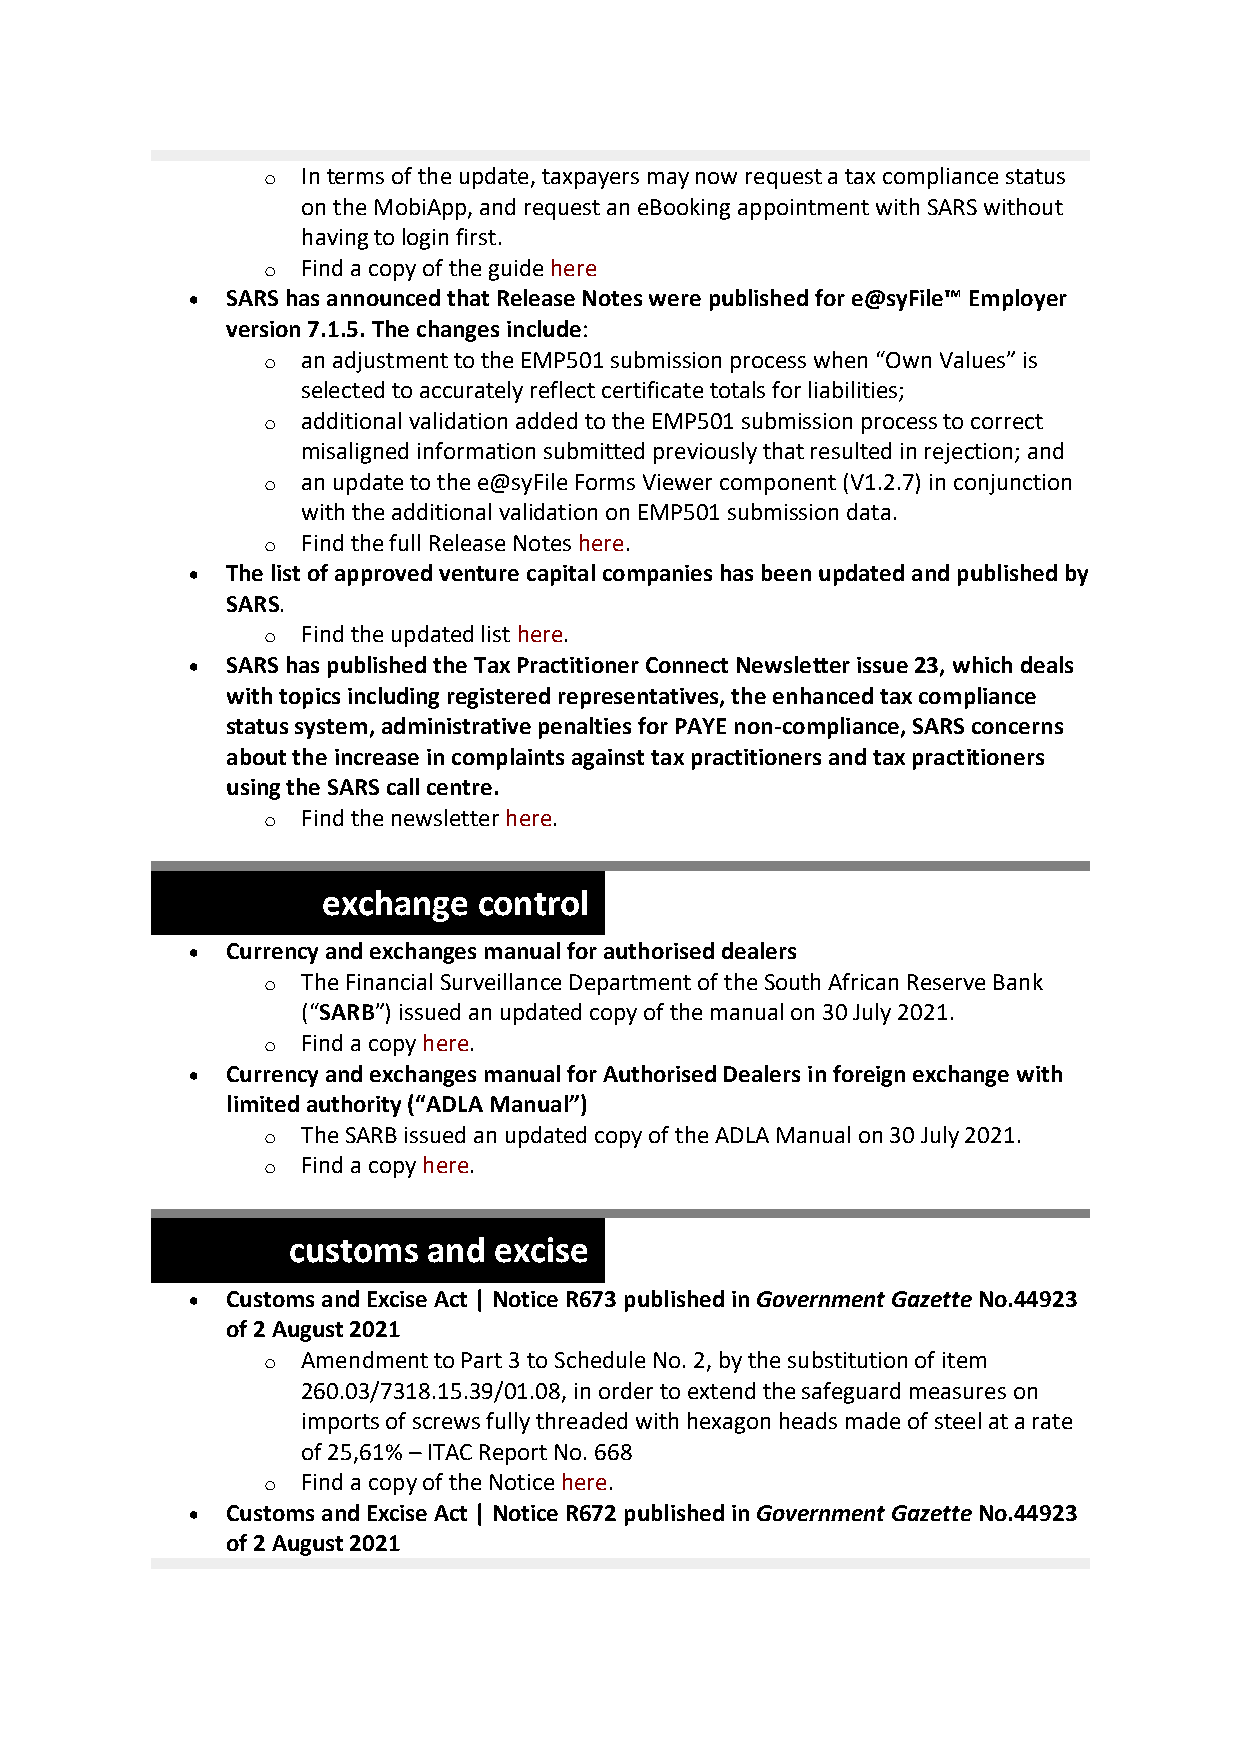
o  In terms of the update, taxpayers may now request a tax compliance status
 on the MobiApp, and request an eBooking appointment with SARS without
 having to login first.
 o  Find a copy of the guide here
   SARS has announced that Release Notes were published for e@syFile™ Employer
 version 7.1.5. The changes include:
 o  an adjustment to the EMP501 submission process when “Own Values” is
 selected to accurately reflect certificate totals for liabilities;
 o  additional validation added to the EMP501 submission process to correct
 misaligned information submitted previously that resulted in rejection; and
 o  an update to the e@syFile Forms Viewer component (V1.2.7) in conjunction
 with the additional validation on EMP501 submission data.
 o  Find the full Release Notes here.
   The list of approved venture capital companies has been updated and published by
 SARS.
 o  Find the updated list here.
   SARS has published the Tax Practitioner Connect Newsletter issue 23, which deals
 with topics including registered representatives, the enhanced tax compliance
 status system, administrative penalties for PAYE non-compliance, SARS concerns
 about the increase in complaints against tax practitioners and tax practitioners
 using the SARS call centre.
 o  Find the newsletter here.
 exchange   control
   Currency and exchanges manual for au thorised dealers
 o  The Financial Surveillance Department of the South African Reserve Bank
 (“SARB”) issued an updated copy of the manual on 30 July 2021.
 o  Find a copy here.
   Currency and exchanges manual for Authorised Dealers in foreign exchange with
 limited authority (“ADLA Manual”)
 o  The SARB issued an updated copy of the ADLA Manual on 30 July 2021.
 o  Find a copy here.
 customs  and  excise
   Customs and Excise Act | Notice R673 published in Government Gazette No.44923
 of 2 August 2021
 o  Amendment to Part 3 to Schedule No. 2, by the substitution of item
 260.03/7318.15.39/01.08, in order to extend the safeguard measures on
 imports of screws fully threaded with hexagon heads made of steel at a rate
 of 25,61% – ITAC Report No. 668
 o  Find a copy of the Notice here.
   Customs and Excise Act | Notice R672 published in Government Gazette No.44923
 of 2 August 2021